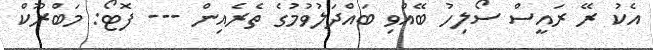
އެކު ރޭ ރައީސް ސޯލިހު ބޭއްވި ބައްދަލުވުމުގެ ތެރެއިން --- ފޮޓޯ: މަބްރޫކް